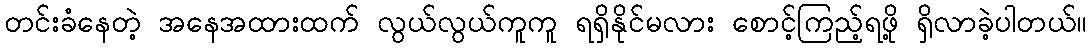
တင်းခံနေတဲ့ အနေအထားထက် လွယ်လွယ်ကူကူ ရရှိနိုင်မလား စောင့်ကြည့်ရဖို့ ရှိလာခဲ့ပါတယ်။